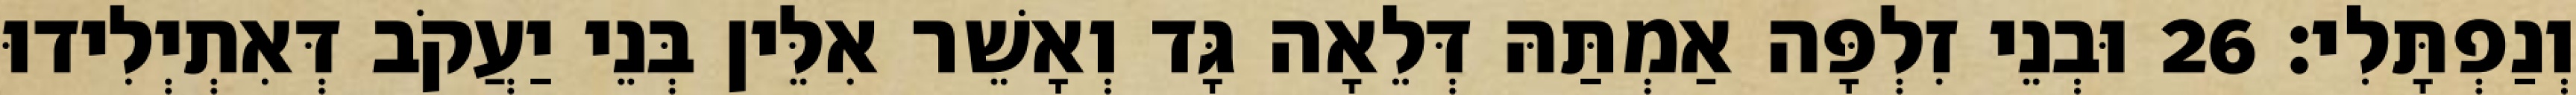
וְנַפְתָּלִי׃ 26 וּבְנֵי זִלְפָּה אַמְתַּהּ דְּלֵאָה גָּד וְאָשֵׁר אִלֵּין בְּנֵי יַעֲקֹב דְּאִתְיְלִידוּ